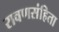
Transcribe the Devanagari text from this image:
रावणसंहिता